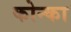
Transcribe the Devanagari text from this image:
कोन्का